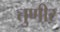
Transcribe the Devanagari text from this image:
तुणीर